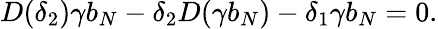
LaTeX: D(\delta_{2})\gamma b_{N}-\delta_{2}D(\gamma b_{N})-\delta_{1}\gamma b_{N}=0.